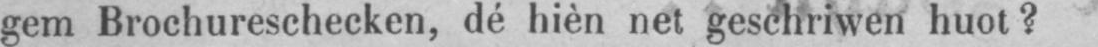
gem Brochureschecken, dé hièn net geschriwen huot?